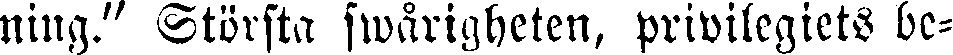
ning." Största swårigheten, privilegiets be-